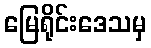
မြေရိုင်းဒေသမှ